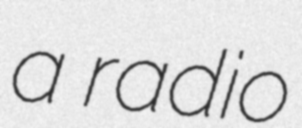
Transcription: a radio